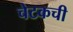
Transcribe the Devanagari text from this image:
चेटकची